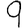
Digit: 9